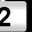
Digit: 2